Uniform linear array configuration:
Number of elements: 64
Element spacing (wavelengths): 0.75
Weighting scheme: binomial
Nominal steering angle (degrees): -45
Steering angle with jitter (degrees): -45.35
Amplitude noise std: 0.05
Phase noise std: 0.05

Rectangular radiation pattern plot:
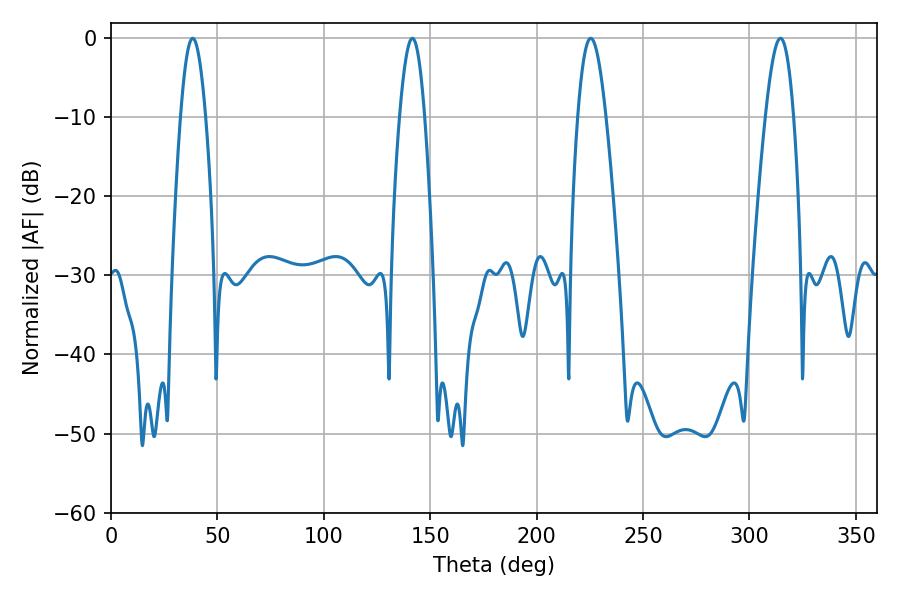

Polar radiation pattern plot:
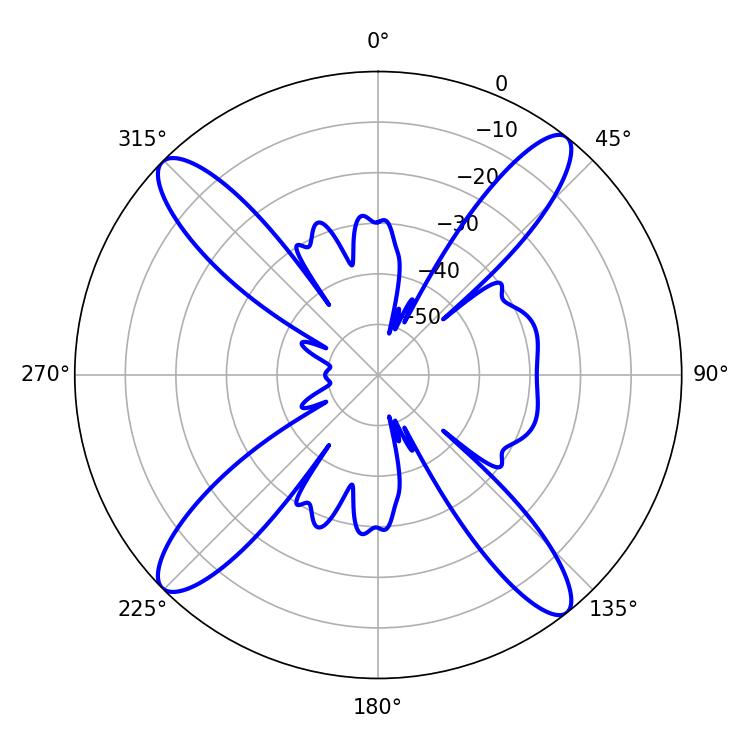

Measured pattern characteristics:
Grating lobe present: TRUE
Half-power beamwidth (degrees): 6.3
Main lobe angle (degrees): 38.34